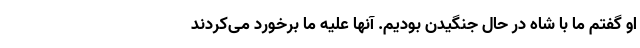
او گفتم ما با شاه در حال جنگیدن بودیم. آنها علیه ما برخورد می‌کردند